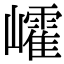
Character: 𡾜